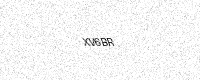
Text: XV6BR